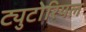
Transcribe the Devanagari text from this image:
ट्युटोरियल